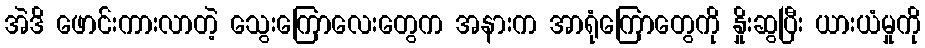
အဲဒိ ဖောင်းကားလာတဲ့ သွေးကြောလေးတွေက အနားက အာရုံကြောတွေကို နှိုးဆွပြီး ယားယံမှုကို